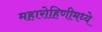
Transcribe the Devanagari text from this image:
महारोहिणीमध्ये